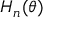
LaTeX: H _ { n } ( \theta )